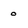
Character: o